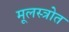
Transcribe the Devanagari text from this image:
मूलस्त्रोत